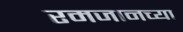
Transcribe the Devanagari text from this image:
रमजानच्या